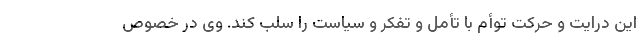
این درایت و حرکت توأم با تأمل و تفکر و سیاست را سلب کند. وی در خصوص